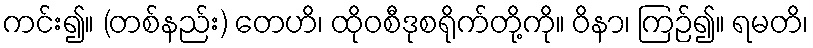
ကင်း၍။ (တစ်နည်း) တေဟိ၊ ထိုဝစီဒုစရိုက်တို့ကို။ ဝိနာ၊ ကြဉ်၍။ ရမတိ၊